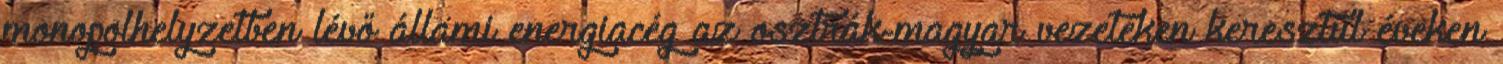
monopolhelyzetben lévő állami energiacég az osztrák-magyar vezetéken keresztül éveken